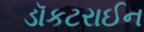
ડૉકટરાઈન